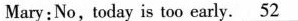
Mary:No,today is too early.\underline{52}